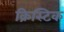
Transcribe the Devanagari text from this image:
क्रिस्टिक